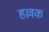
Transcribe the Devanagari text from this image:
हल्लक